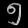
Digit: ၅